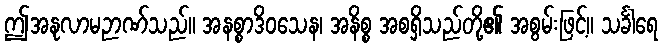
ဤအနုလာမဉာဏ်သည်။ အနစ္စာဒိဝသေန၊ အနိစ္စ အစရှိသည်တို့၏ အစွမ်းဖြင့်။ သင်္ခါရေ